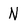
Character: N